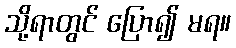
သို့ရာတွင် ပြော၍ မရ။